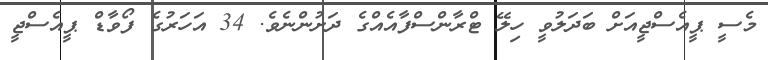
މެސީ ޕީއެސްޖީއަށް ބަދަލުވީ ހިލޭ ޓްރާންސްފާއެއްގެ ދަށުންނެވެ. 34 އަހަރުގެ ފޯވާޑް ޕީއެސްޖީ